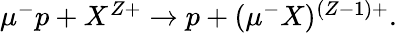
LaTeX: \begin{array}{r}{\mu^{-}p+X^{Z+}\rightarrow p+(\mu^{-}X)^{(Z-1)+}.}\end{array}